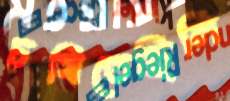
চষিতেছিলি